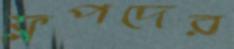
ফ্লপদের